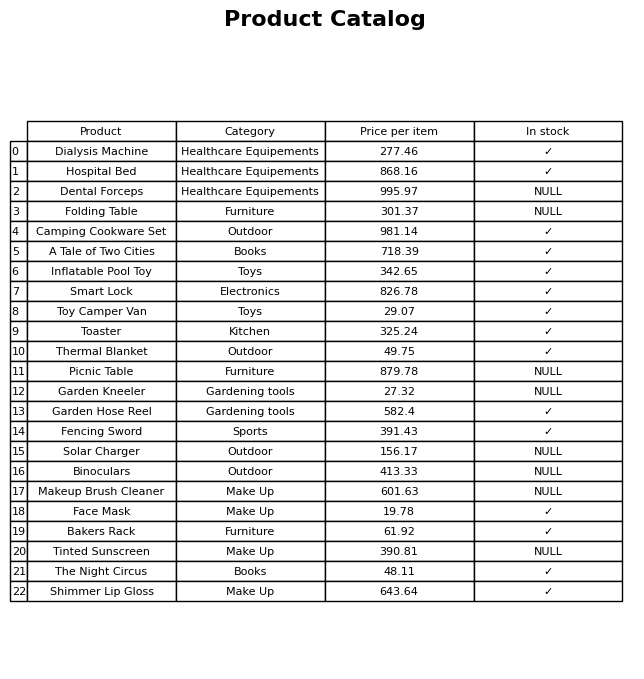
question: What is the price of the Toy Camper Van?
answer: The price of Toy Camper Van is 29.07.